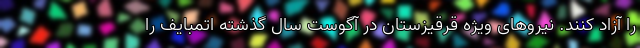
را آزاد کنند. نیروهای ویژه قرقیزستان در آگوست سال گذشته اتمبایف را